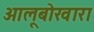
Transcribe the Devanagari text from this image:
आलूबोखारा